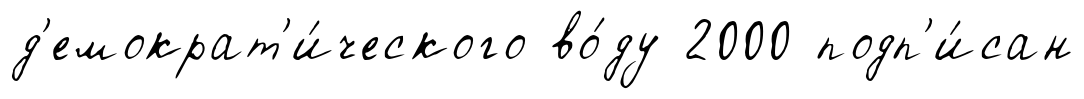
д'емократ'и́ческого во́ду 2000 подп'и́сан